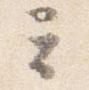
云